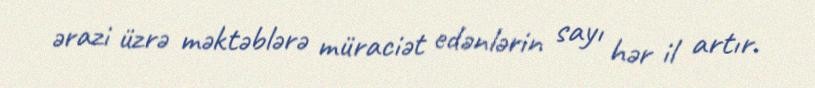
ərazi üzrə məktəblərə müraciət edənlərin sayı hər il artır.